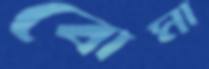
বোমা